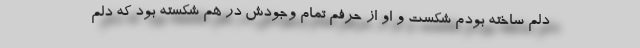
دلم ساخته بودم شکست و او از حرفم تمام وجودش در هم شکسته بود که دلم